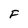
Character: F